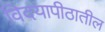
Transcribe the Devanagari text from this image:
विदयापीठातील